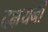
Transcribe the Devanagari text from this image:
दक्षयनी